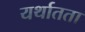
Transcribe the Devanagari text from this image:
यर्थातता